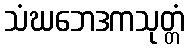
သံဃဘေဒကသုတ္တံ